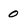
Character: 0